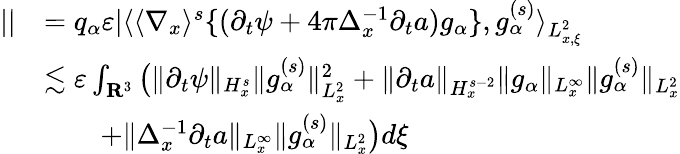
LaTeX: \begin{array}{rl}{||}&{=q_{\alpha}\varepsilon|\langle\langle\nabla_{x}\rangle^{s}\{ (\partial_{t}\psi+4\pi\Delta_{x}^{-1}\partial_{t}a)g_{\alpha}\} ,g_{\alpha}^{(s)}\rangle_{L_{x,\xi}^{2}}}\\ &{\lesssim\varepsilon\int_{\mathbf R^{3}}\big(\| \partial_{t}\psi\| _{H_{x}^{s}}\| g_{\alpha}^{(s)}\| _{L_{x}^{2}}^{2}+\| \partial_{t}a\| _{H_{x}^{s-2}}\| g_{\alpha}\| _{L_{x}^{\infty}}\| g_{\alpha}^{(s)}\| _{L_{x}^{2}}}\\ &{\quad\quad+\| \Delta_{x}^{-1}\partial_{t}a\| _{L_{x}^{\infty}}\| g_{\alpha}^{(s)}\| _{L_{x}^{2}}\big)d\xi}\end{array}